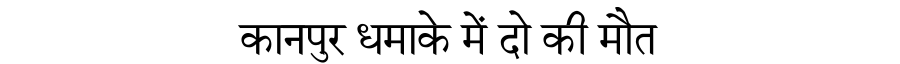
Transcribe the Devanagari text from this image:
कानपुर धमाके में दो की मौत